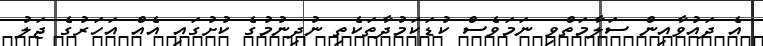
އެ ދައުވާއިން ސަލާމަތްވި ނަމަވެސް ކުޑަކަމުދާތަކެތި ނުދިނުމުގެ ކުށުގައި އެއް އަހަރުގެ ޖަލު